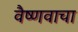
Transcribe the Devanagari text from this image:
वैष्णवाचा